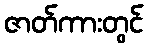
ဇာတ်ကားတွင်